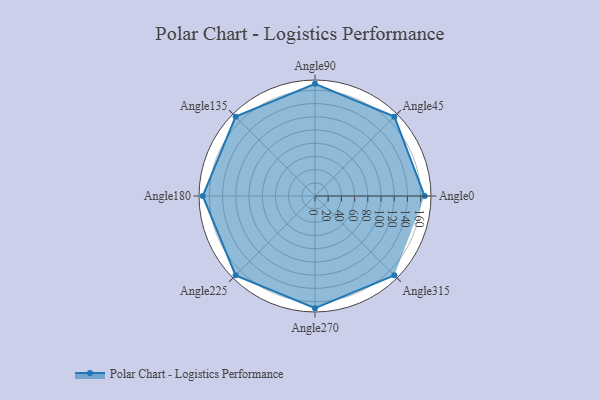
{"axis": {"x": "Angle", "y": "Radius"}, "legend": [""], "data": [{"x": "Angle0", "y": 166.0, "type": ""}, {"x": "Angle45", "y": 170.0, "type": ""}, {"x": "Angle90", "y": 170, "type": ""}, {"x": "Angle135", "y": 170, "type": ""}, {"x": "Angle180", "y": 170, "type": ""}, {"x": "Angle225", "y": 170, "type": ""}, {"x": "Angle270", "y": 170, "type": ""}, {"x": "Angle315", "y": 170, "type": ""}]}